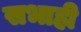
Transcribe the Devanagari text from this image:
सभाही